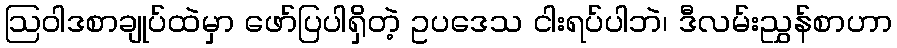
ဩဝါဒစာချုပ်ထဲမှာ ဖော်ပြပါရှိတဲ့ ဥပဒေသ ငါးရပ်ပါဘဲ၊ ဒီလမ်းညွှန်စာဟာ